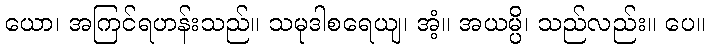
ယော၊ အကြင်ရဟန်းသည်။ သမုဒါစရေယျ၊ အံ့။ အယမ္ပိ၊ သည်လည်း။ ပေ။